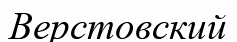
Верстовский